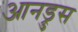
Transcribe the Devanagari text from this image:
आनड्रुस